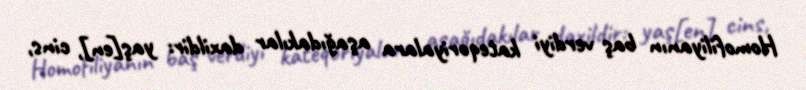
Homofiliyanın baş verdiyi kateqoriyalara aşağıdakılar daxildir: yaş[en], cins,